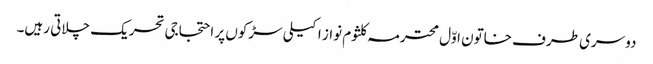
دوسری طرف خاتون اوّل محترمہ کلثوم نواز اکیلی سڑکوں پر احتجاجی تحریک چلاتی رہیں۔